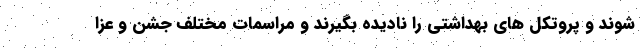
شوند و پروتکل های بهداشتی را نادیده بگیرند و مراسمات مختلف جشن و عزا